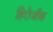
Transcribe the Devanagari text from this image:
हिरोजीस